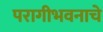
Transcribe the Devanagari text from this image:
परागीभवनाचे